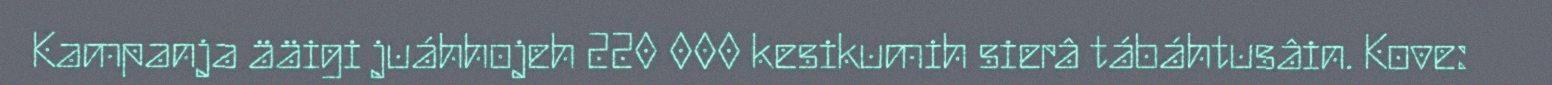
Kampanja ääigi juáhhojeh 220 000 kesikumih sierâ tábáhtusâin. Kove: